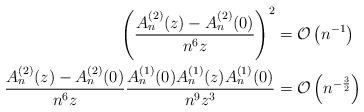
LaTeX: \begin{align*}\left(\frac{A_n^{(2)}(z) - A_n^{(2)}(0)}{n^6z} \right)^2 &= \mathcal{O}\left(n^{-1}\right)\\\frac{A_n^{(2)}(z) - A_n^{(2)}(0)}{n^6z} \frac{A_n^{(1)}(0)A_n^{(1)}(z) A_n^{(1)}(0)}{n^9z^3} &= \mathcal{O}\left(n^{-\frac{3}{2}}\right)\end{align*}